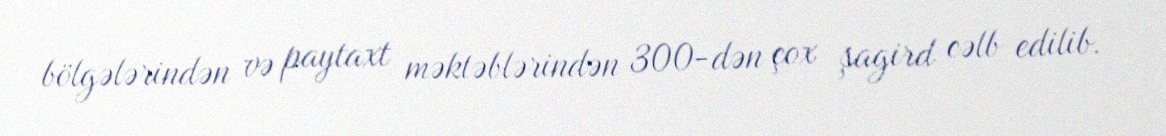
bölgələrindən və paytaxt məktəblərindən 300-dən çox şagird cəlb edilib.